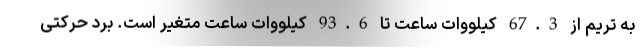
به تریم از 67.3 کیلووات ساعت تا 93.6 کیلووات ساعت متغیر است. برد حرکتی